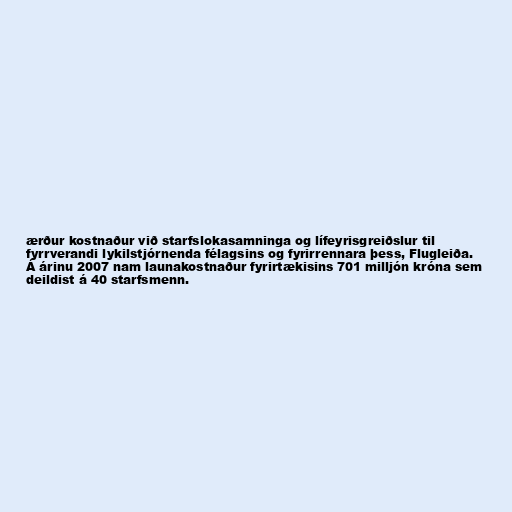
ærður kostnaður við starfslokasamninga og lífeyrisgreiðslur til
fyrrverandi lykilstjórnenda félagsins og fyrirrennara þess, Flugleiða.
Á árinu 2007 nam launakostnaður fyrirtækisins 701 milljón króna sem
deildist á 40 starfsmenn.